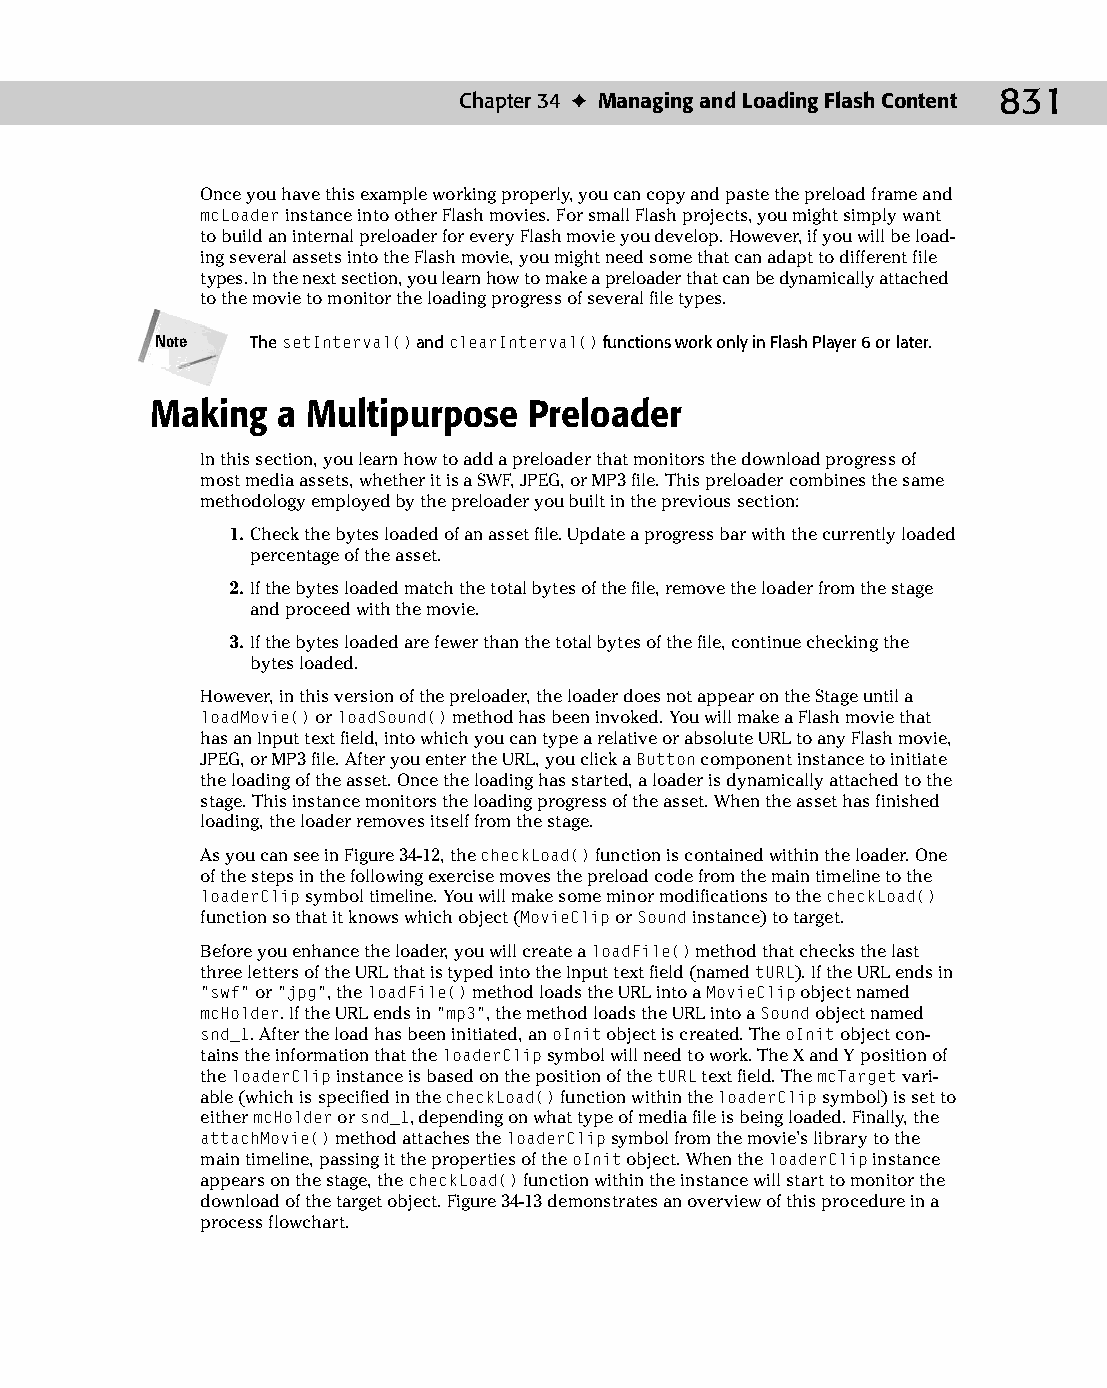
45 543547 ch34.qxd 3/24/04 4:15 PM Page 831
 Chapter 34 ✦ Managing and Loading Flash Content 831
 Once you have this example working properly, you can copy and paste the preload frame and
 mcLoader instance into other Flash movies. For small Flash projects, you might simply want
 to build an internal preloader for every Flash movie you develop. However, if you will be load­
 ing several assets into the Flash movie, you might need some that can adapt to different file
 types. In the next section, you learn how to make a preloader that can be dynamically attached
 to the movie to monitor the loading progress of several file types.
 Note   The setInterval() and clearInterval() functions work only in Flash Player 6 or later.
 Making  a Multipurpose   Preloader
 In this section, you learn how to add a preloader that monitors the download progress of
 most media assets, whether it is a SWF, JPEG, or MP3 file. This preloader combines the same
 methodology employed by the preloader you built in the previous section:
 1. Check the bytes loaded of an asset file. Update a progress bar with the currently loaded
 percentage of the asset.
 2. If the bytes loaded match the total bytes of the file, remove the loader from the stage
 and proceed with the movie.
 3. If the bytes loaded are fewer than the total bytes of the file, continue checking the
 bytes loaded.
 However, in this version of the preloader, the loader does not appear on the Stage until a
 loadMovie() or loadSound() method has been invoked. You will make a Flash movie that
 has an Input text field, into which you can type a relative or absolute URL to any Flash movie,
 JPEG, or MP3 file. After you enter the URL, you click a Button component instance to initiate
 the loading of the asset. Once the loading has started, a loader is dynamically attached to the
 stage. This instance monitors the loading progress of the asset. When the asset has finished
 loading, the loader removes itself from the stage.
 As you can see in Figure 34-12, the checkLoad() function is contained within the loader. One
 of the steps in the following exercise moves the preload code from the main timeline to the
 loaderClip symbol timeline. You will make some minor modifications to the checkLoad()
 function so that it knows which object (MovieClip or Sound instance) to target.
 Before you enhance the loader, you will create a loadFile() method that checks the last
 three letters of the URL that is typed into the Input text field (named tURL). If the URL ends in
 “swf” or “jpg”, the loadFile() method loads the URL into a MovieClip object named
 mcHolder. If the URL ends in “mp3”, the method loads the URL into a Sound object named
 snd_1. After the load has been initiated, an oInit object is created. The oInit object con­
 tains the information that the loaderClip symbol will need to work. The X and Y position of
 the loaderClip instance is based on the position of the tURL text field. The mcTarget vari­
 able (which is specified in the checkLoad() function within the loaderClip symbol) is set to
 either mcHolder or snd_1, depending on what type of media file is being loaded. Finally, the
 attachMovie() method attaches the loaderClip symbol from the movie’s library to the
 main timeline, passing it the properties of the oInit object. When the loaderClip instance
 appears on the stage, the checkLoad() function within the instance will start to monitor the
 download of the target object. Figure 34-13 demonstrates an overview of this procedure in a
 process flowchart.